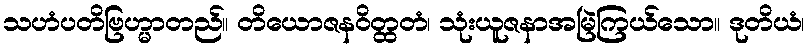
သဟံပတိဗြဟ္မာတည်။ တိယောဇနဝိတ္ထတံ၊ သုံးယူဇနာအမြဲကြယ်သော။ ဒုတိယံ၊